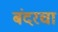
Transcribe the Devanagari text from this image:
बंदरचा